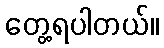
တွေ့ရပါတယ်။